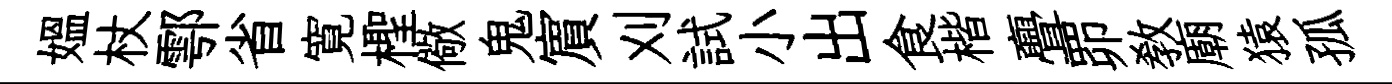
媪杖鄠省寛檉儆鬼賔刈試小出食楷亹𦊑敎廟猿孤